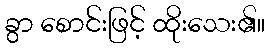
ခွာ စောင်းဖြင့် ထိုးသေး၏။